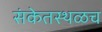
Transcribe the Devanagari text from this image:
संकेतस्थळच